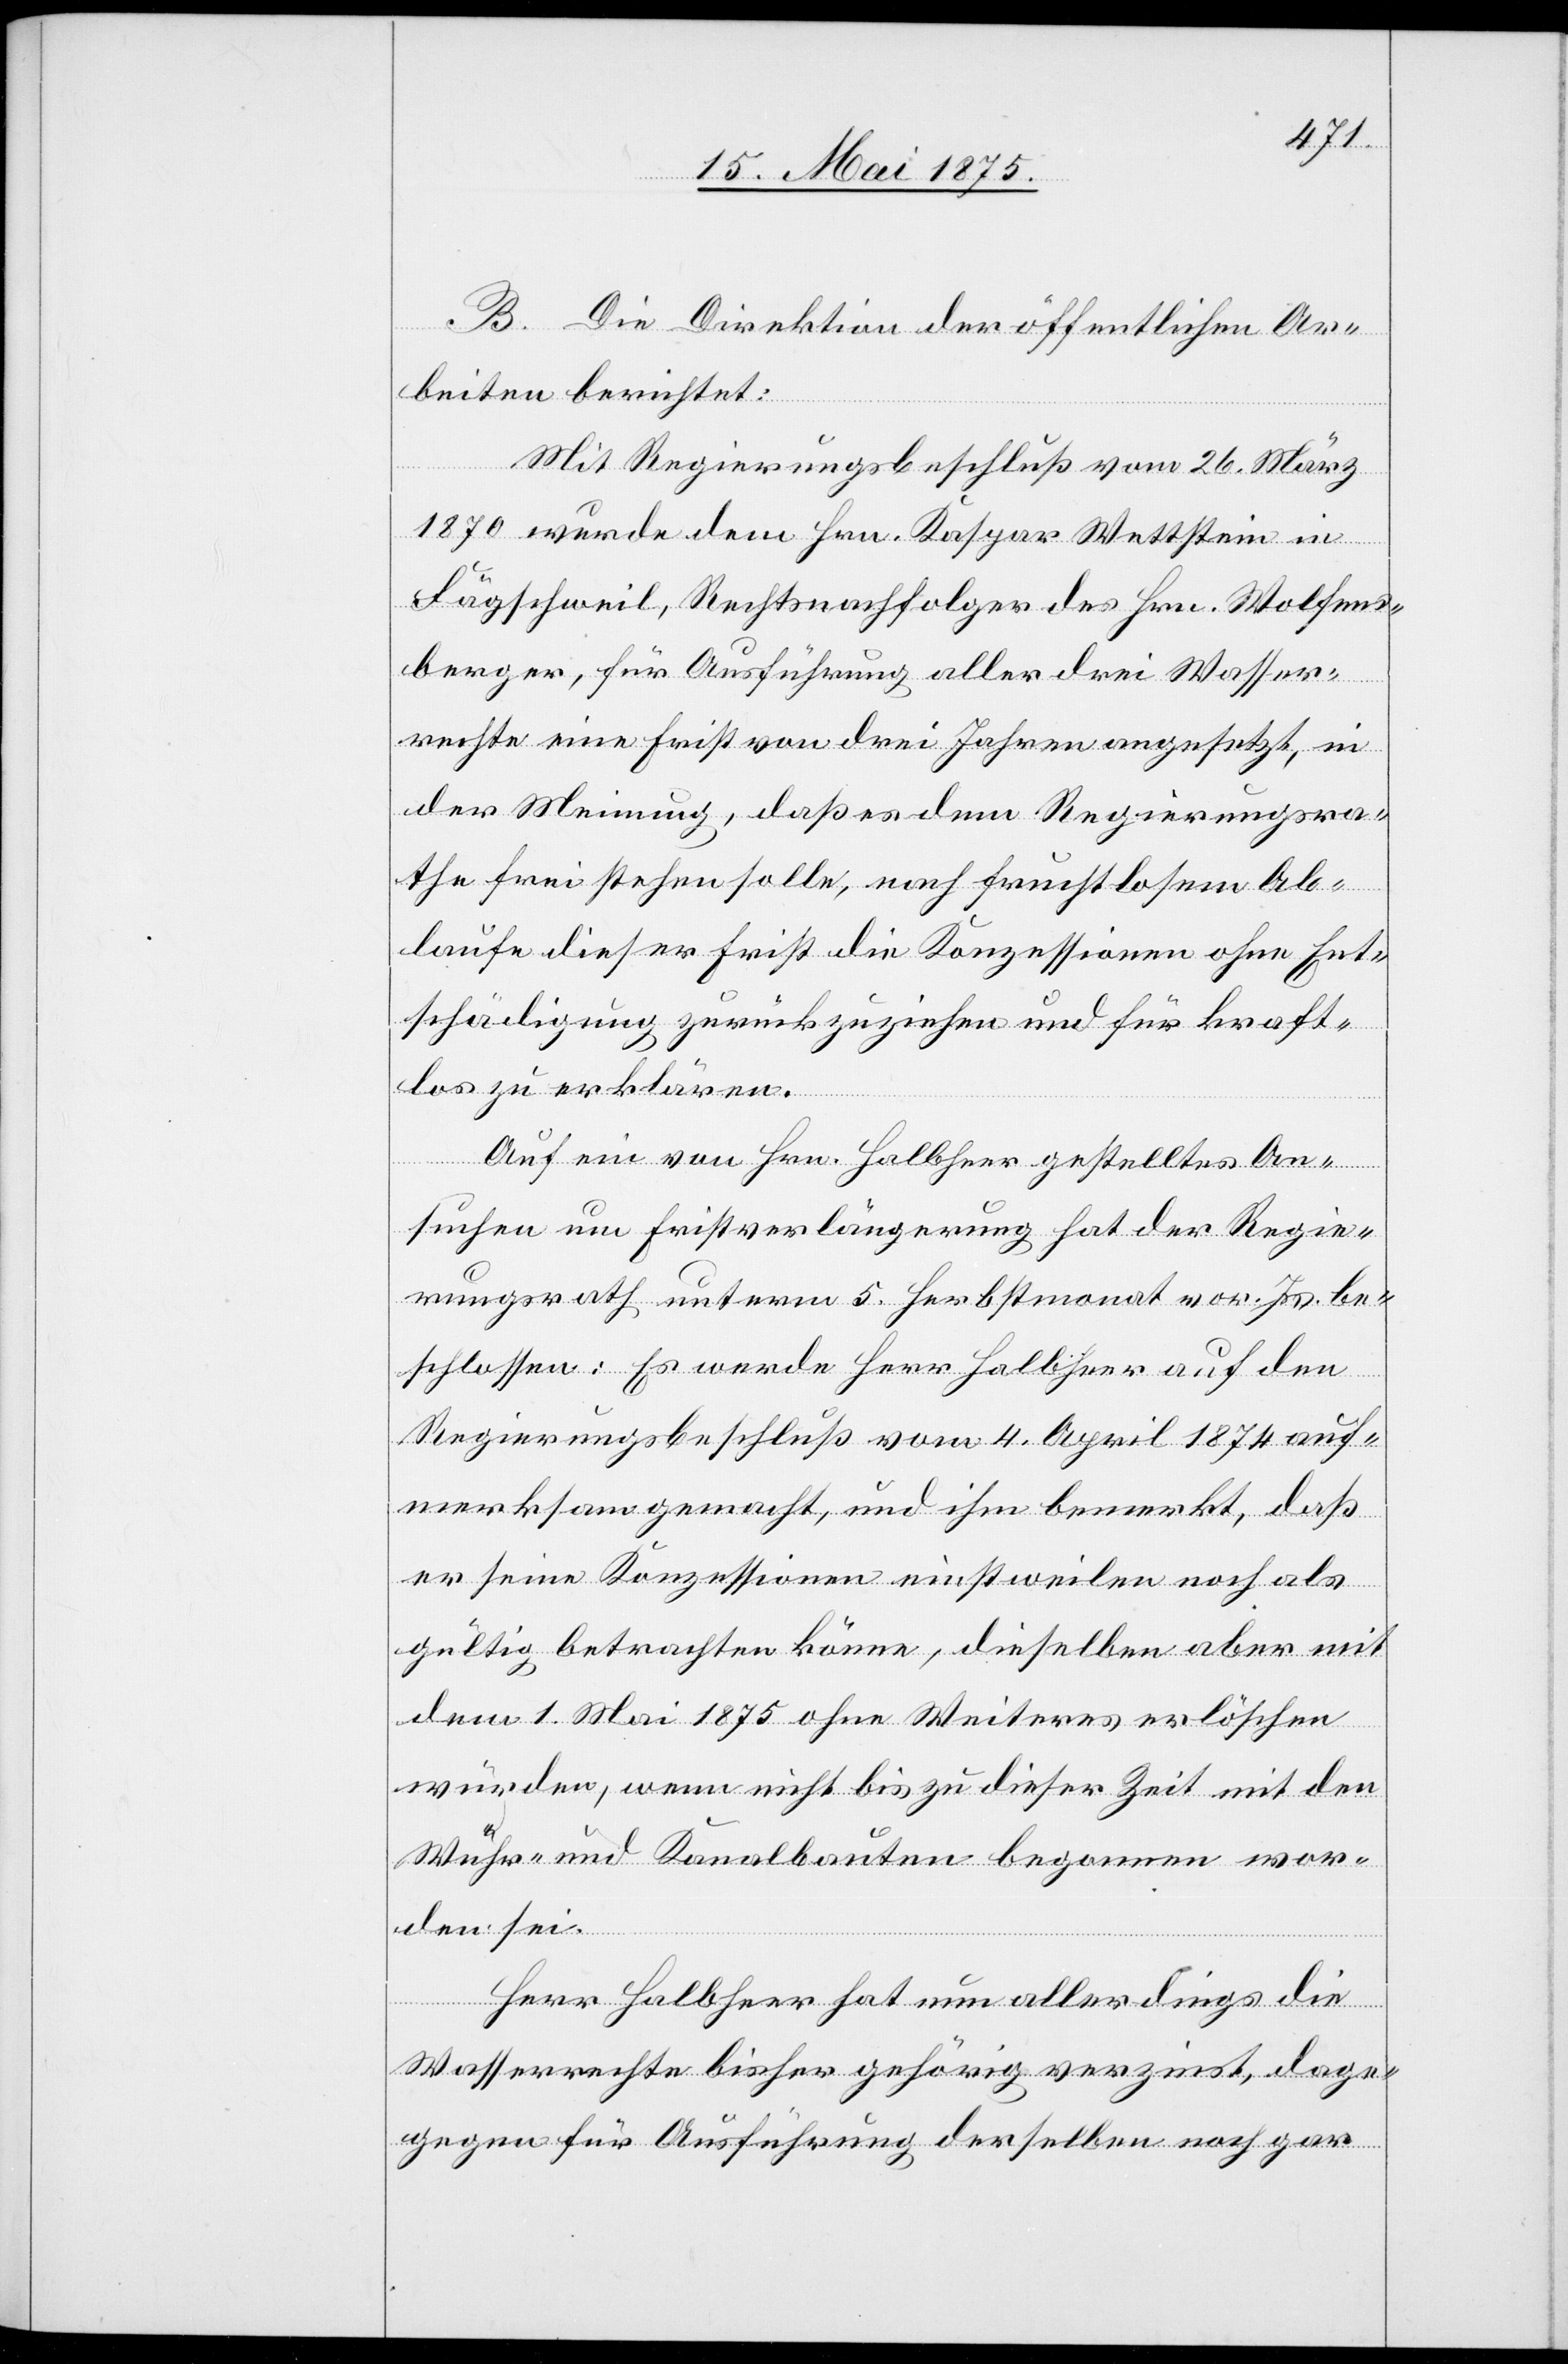
B. Die Direktion der öffentlichen Ar¬
beiten berichtet:
Mit Regierungsbeschluß vom 26. März
1870 wurde dem Hrn. Kaspar Wettstein in
Fägschweil, Rechtsnachfolger des Hrn. Wolfens¬
berger, für Ausführung aller drei Wasser¬
rechte eine Frist von drei Jahren angesetzt, in
der Meinung, daß es dem Regierungsra¬
the frei stehen solle, nach fruchtlosen Ab¬
laufe dieser Frist die Konzessionen ohne Ent¬
schädigung zurückzuziehen und für kraft¬
los zu erklären.
Auf ein von Hrn. Halbheer gestelltes An¬
suchen um Fristverlängerung hat der Regie¬
rungsrath unterm 5. Herbstmonat vor. Js. be¬
schlossen: Es werde Herr Halbheer auf den
Regierungsbeschluß vom 4. April 1874 auf¬
merksam gemacht, und ihm bemerkt, daß
er seine Konzessionen einstweilen noch als
gültig betrachten könne, dieselben aber mit
dem 1. Mai 1875 ohne Weiteres erlöschen
würden, wenn nicht bis zu dieser Zeit mit den
Wuhr- und Kanalbauten begonnen wor¬
den sei.
Herr Halbheer hat nun allerdings die
Wasserrechte bisher gehörig verzinst, dag¬
egen für Ausführung derselben noch gar